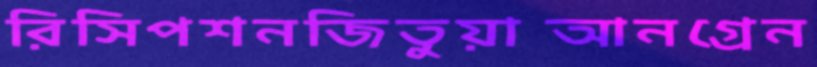
রিসিপশনজিতুয়াআনগ্রেন